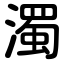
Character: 濁